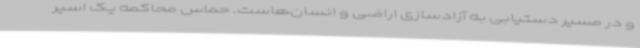
و در مسیر دستیابی به آزادسازی اراضی و انسان‌هاست. حماس محاکمه یک اسیر